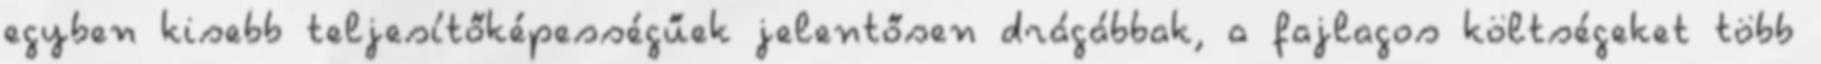
egyben kisebb teljesítőképességűek jelentősen drágábbak, a fajlagos költségeket több